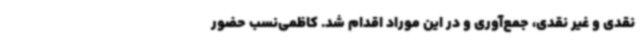
نقدی و غیر نقدی، جمع‌آوری و در این موراد اقدام شد. کاظمی‌نسب حضور